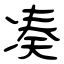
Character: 凑